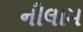
નીલામ